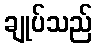
ချုပ်သည်